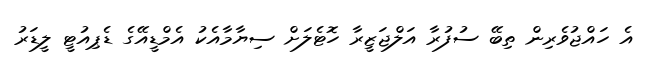
އެ ހައްޖުވެރިން ތިބޭ ސުފުރާ އަލްޖަޒީރާ ހޮޓެލަށް ސިޔާމާއެކު އެމްޑީއޭގެ ޑެޕިއުޓީ ލީޑަރު